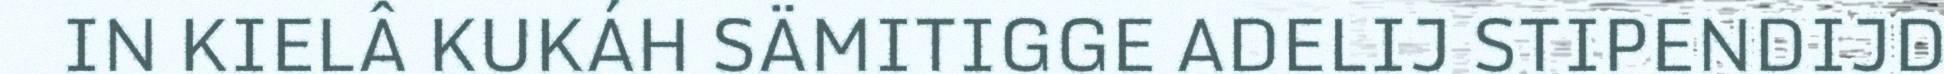
IN KIELÂ KUKÁH SÄMITIGGE ADELIJ STIPENDIJD